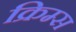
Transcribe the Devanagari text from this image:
क्रिम्स